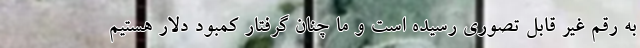
به رقم غير قابل تصوري رسيده است و ما چنان گرفتار کمبود دلار هستیم